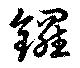
鑼